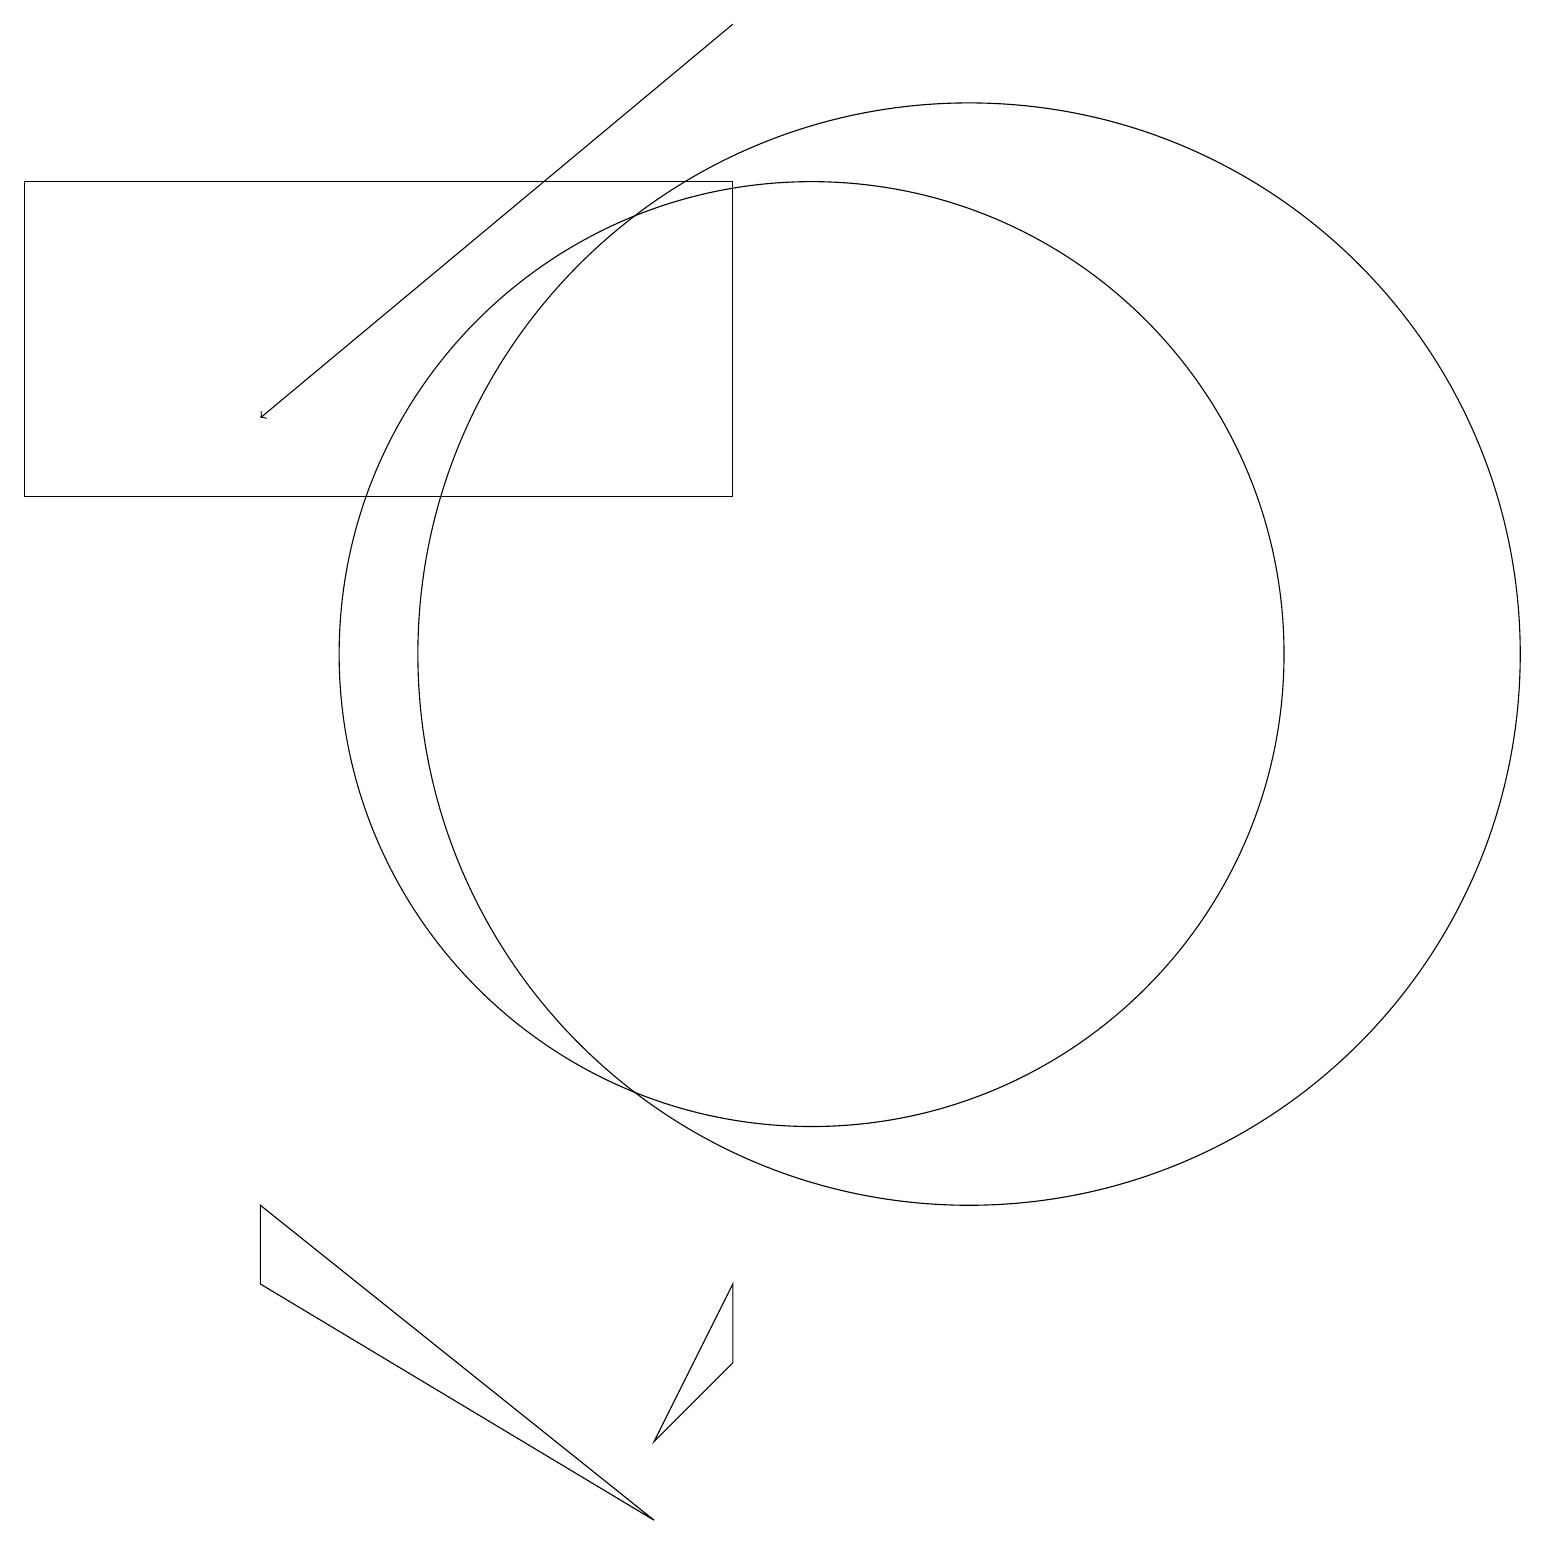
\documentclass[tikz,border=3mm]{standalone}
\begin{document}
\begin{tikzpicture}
\draw (12,11) circle (7);
\draw (9,13) rectangle (0,17);
\draw[->] (9,19) -- (3,14);
\draw (3,3) -- (3,4) -- (8,0) -- cycle;
\draw (10,11) circle (6);
\draw (9,3) -- (9,2) -- (8,1) -- cycle;
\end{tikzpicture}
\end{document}